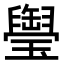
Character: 𤪭